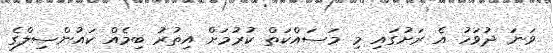
ވަނަ ދުވަހު އެ ރަށުގައި މި މަސައްކަތް ކުރުމަށް އިތުރު ބިމެއް ކައުންސިލްގެ